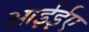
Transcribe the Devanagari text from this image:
आईईए